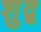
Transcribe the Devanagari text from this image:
शुद्ब